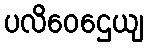
ပလိဝေဌေယျ